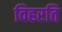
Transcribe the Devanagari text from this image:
विहरति